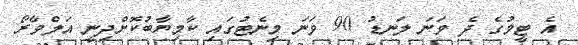
އެ ޓީމުގެ ދެ ވަނަ ލަނޑު 90 ވަނަ މިނެޓުގައި ކާމިޔާބުކޮށްދިނީ އަލްވާރޯ